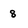
Character: 8